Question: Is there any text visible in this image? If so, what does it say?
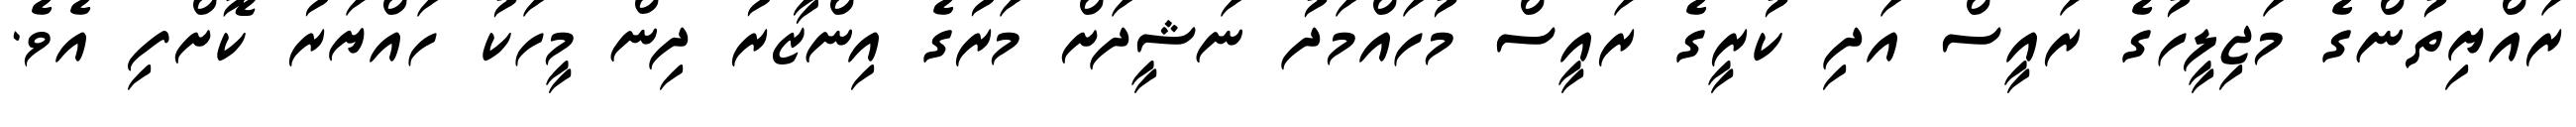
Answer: ރައްޔިތުންގެ މަޖިލީހުގެ ރައީސް އަދި ކުރީގެ ރައީސް މުހައްމަދު ނަޝީދަށް މަރުގެ އިންޒާރު ދިން މީހަކު ހައްޔަރު ކޮށްފި އެވެ.